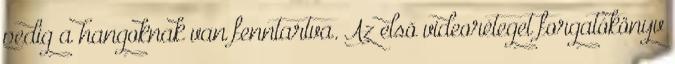
pedig a hangoknak van fenntartva. Az elsõ videoréteget forgatókönyv